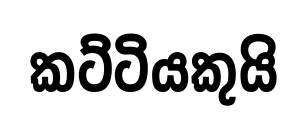
කට්ටියකුයි